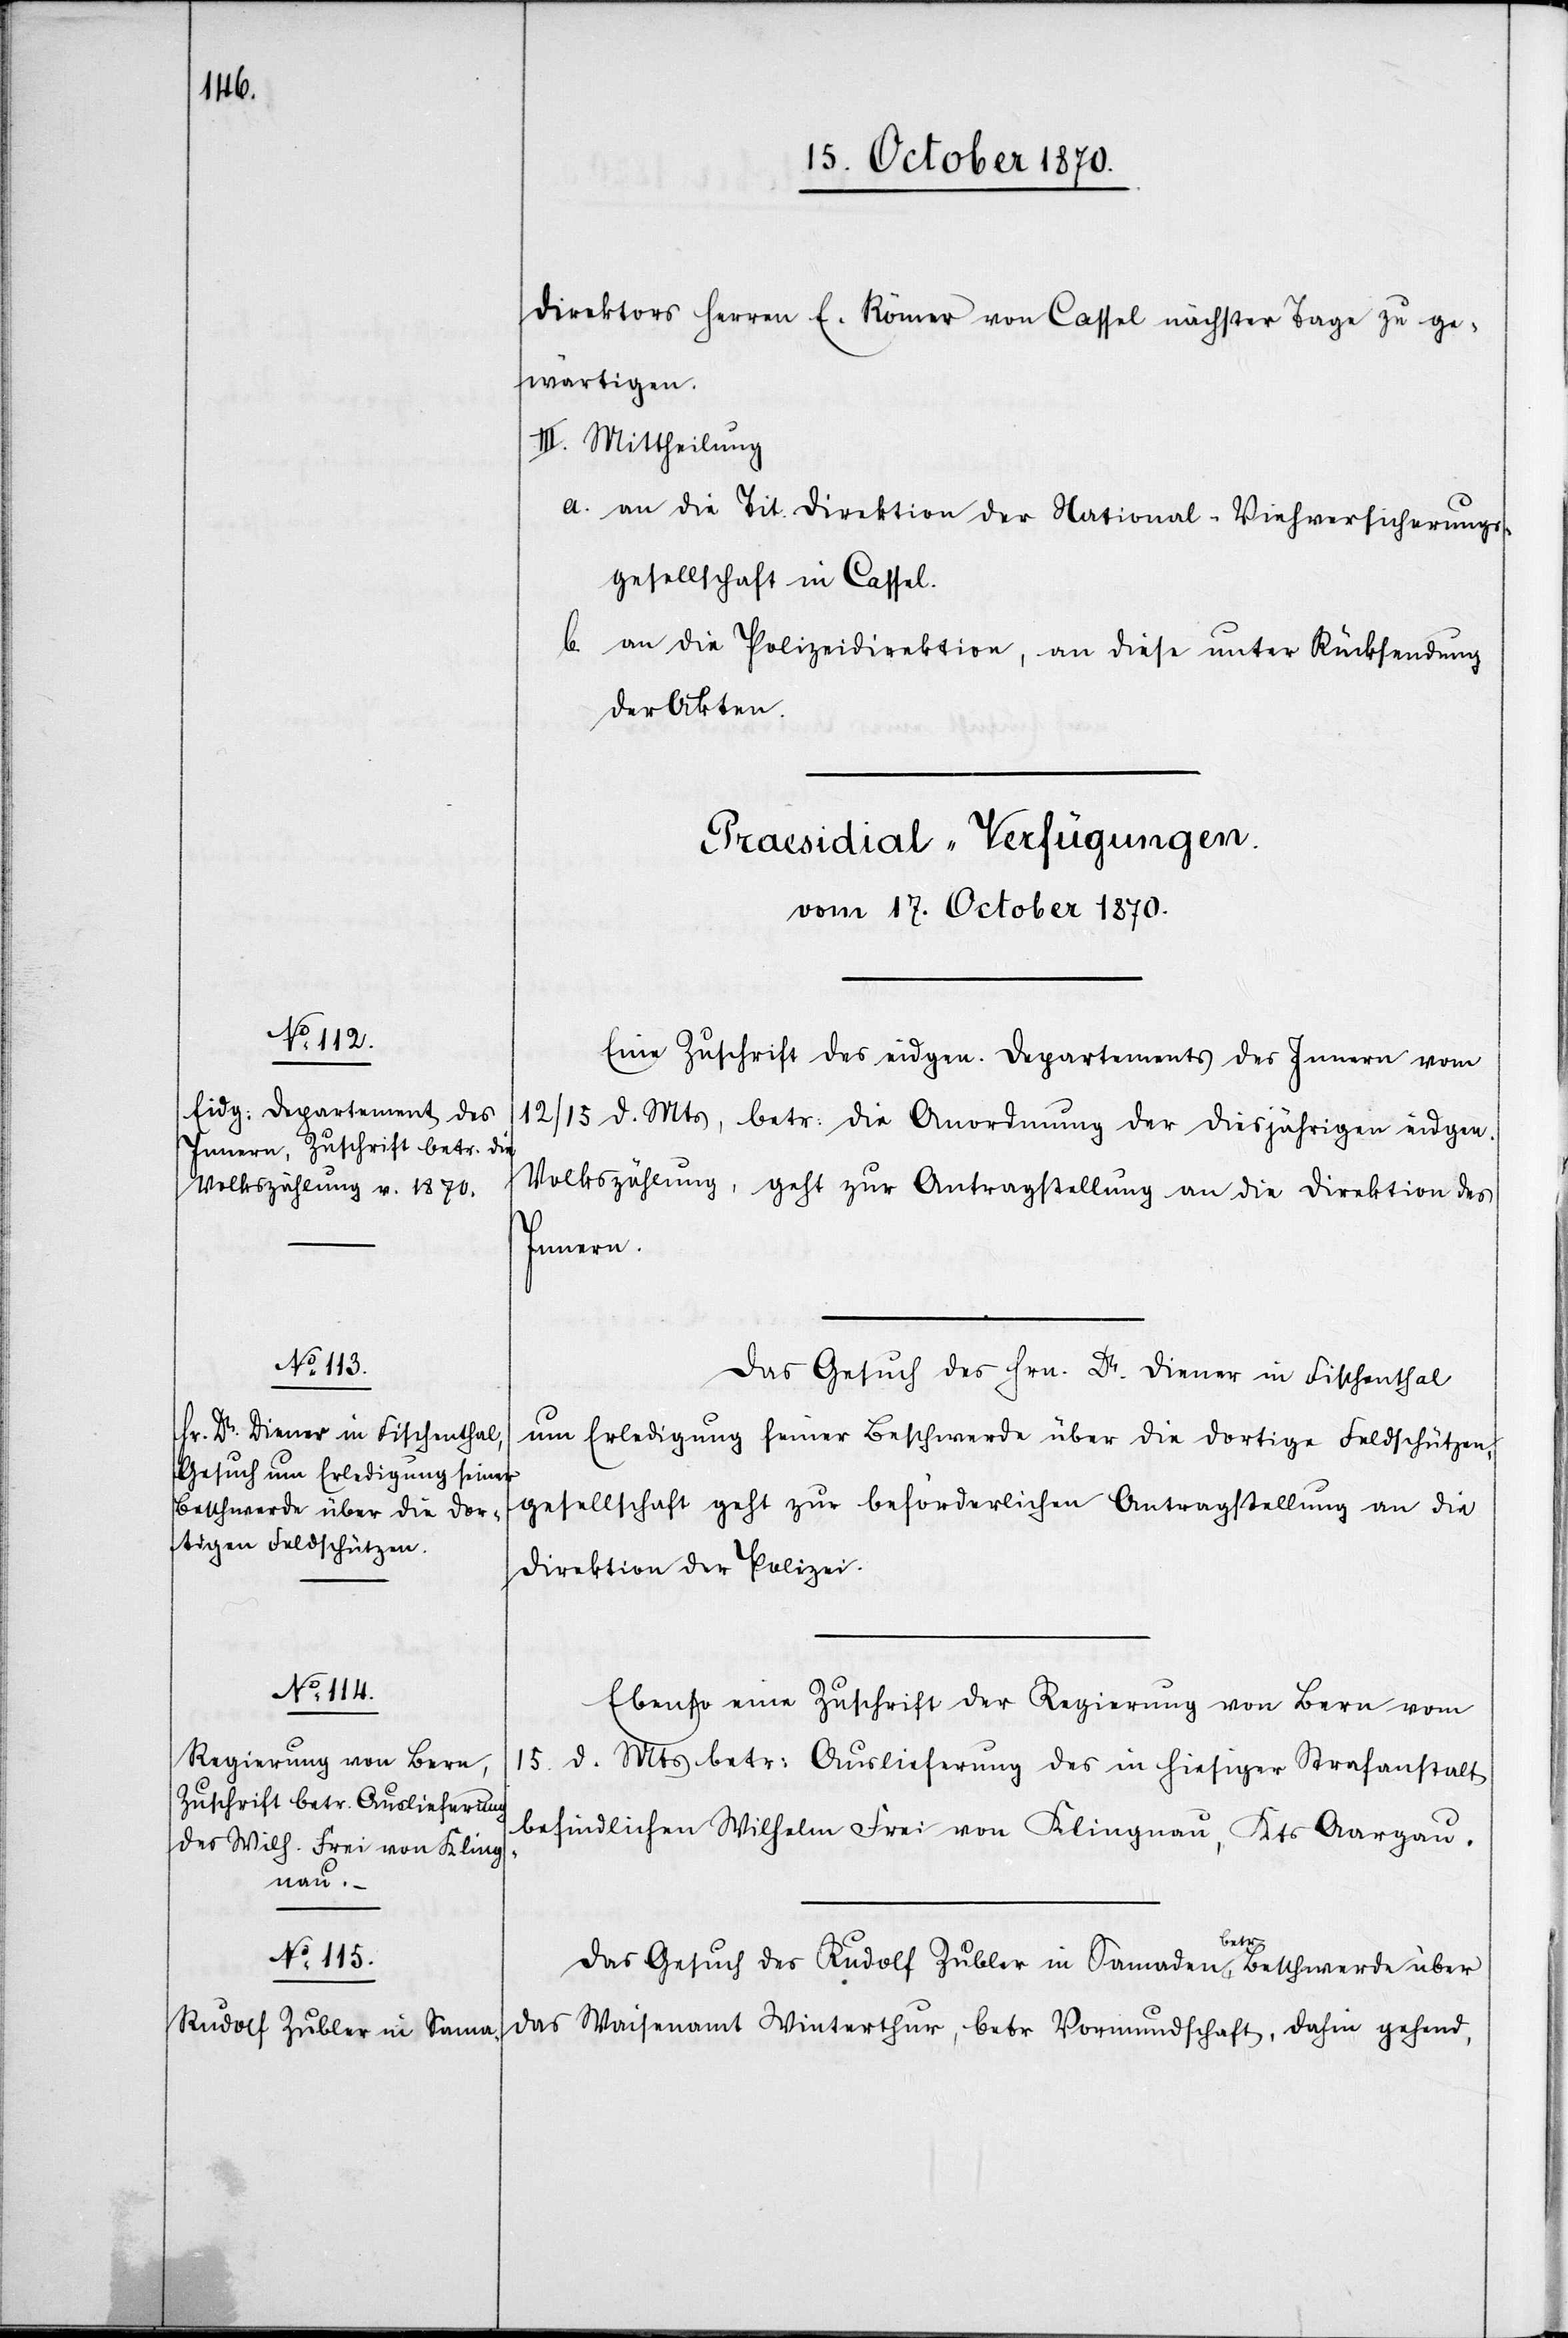
Direktors Herren E. [sic!] Römer von Cassel nächster Tage zu ge¬
wärtigen.
III. Mittheilung
a. an die Tit. Direktion der National-Viehversicherungs¬
gesellschaft in Cassel.
b. an die Polizeidirektion, an diese unter Rücksendung
der Akten.
[Praesidial-Verfügungen.
vom 17. October 1870.]
Eine Zuschrift des eidgen. Departements des Innern vom
12 / 15 d. Mts, betr: die Anordnung der diesjährigen eidgen.
Volkszählung, geht zur Antragstellung an die Direktion des
Innern.
Das Gesuch des Hrn. Dr. Diener in Fischenthal
um Erledigung seiner Beschwerde über die dortige Feldschützen¬
gesellschaft geht zur beförderlichen Antragstellung an die
Direktion der Polizei.
Ebenso eine Zuschrift der Regierung von Bern vom
15. d. Mts. betr: Auslieferung des in hiesiger Strafanstalt
befindlichen Wilhelm Frei von Klingnau, Kts. Aargau.
betr
Das Gesuch des Rudolf Zubler in Samaden, betr. Beschwerde über